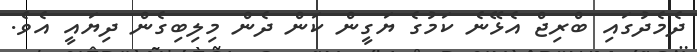
ދެމެދުގައި ބްރިޖް އެޅޭނެ ކަމުގެ ޔަގީން ކަން ދެން މިލިބިގެން ދިޔައީ އެވެ.